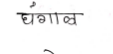
मजकूर: घगाळ